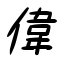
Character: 偉